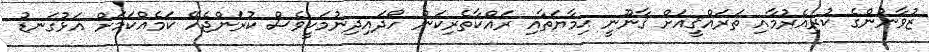
ޒުވާނުންގެ ކުރިއެރުމާއި ތަރައްޤީއަށް ޤާނޫނީ ޙިމާޔަތާއި ރައްކާތެރިކަން ހޯދައިދިނުމަކީވެސް ކުރަންޖެހޭ ކަމެއްކަމަށް އަޅުގަނޑު